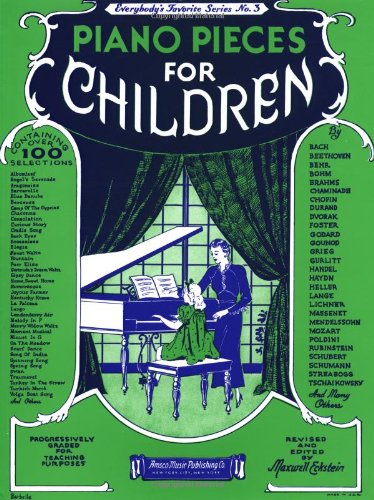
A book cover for Piano Pieces for Children (Everybody's Favorite Series, No. 3); Children's Books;